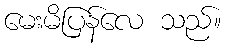
မေးမိပြန်လေ သည်။